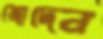
খোদেন